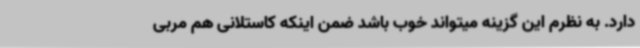
دارد. به نظرم این گزینه میتواند خوب باشد ضمن اینکه کاستلانی هم مربی